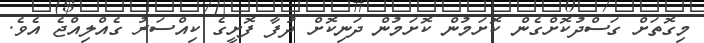
މިގޮތަށް ގަސްދުކޮށްގެން ކޮށަމުން ކޮށަމުން ދަނިކޮށް ދުފާ ފޮށީގެ ކިއްސަރު ގެއްލިއްޖެ އެވެ.